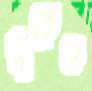
বুকেও